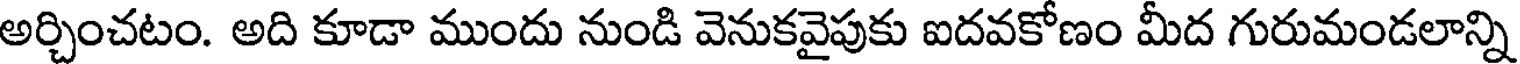
అర్చించటం. అది కూడా ముందు నుండి వెనుకవైపుకు ఐదవకోణం మీద గురుమండలాన్ని